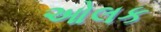
ઓલક